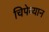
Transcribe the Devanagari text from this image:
चिपेव्यान